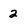
Character: 2